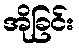
အိုခြင်း